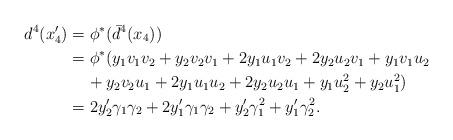
LaTeX: \begin{align*} d^4(x'_4)&=\phi^*(\bar{d}^4(x_4)) \\ &=\phi^*(y_1v_1v_2+y_2v_2v_1+2y_1u_1v_2 +2y_2u_2v_1+y_1v_1u_2 \\ &\;\;\;\;+y_2v_2u_1+2y_1u_1u_2 +2y_2u_2u_1+y_1u_2^2+y_2u_1^2) \\ &=2y'_2\gamma_1\gamma_2+2y'_1\gamma_1\gamma_2+y'_2\gamma_1^2+y'_1\gamma_2^2.\end{align*}